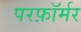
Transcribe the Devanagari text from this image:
परफ़ॉर्मर